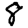
Digit: 8